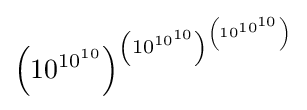
\left(10^{10^{10}}\right)^{\left(10^{10^{10}}\right)^{\left(10^{10^{10}}\right)}}